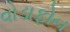
વોડાફોન